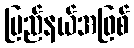
ပြည်နယ်အဖြစ်